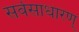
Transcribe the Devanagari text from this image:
सर्वसाधारण्